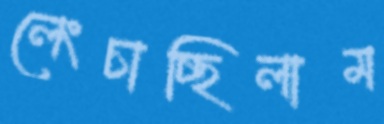
লেংচাচ্ছিলাম